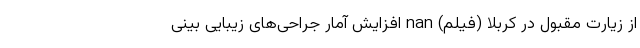
از زیارت مقبول در کربلا (فیلم) nan افزایش آمار جراحی‌های زیبایی بینی